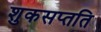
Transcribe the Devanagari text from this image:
शुकसप्तति